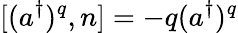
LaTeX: [(a^{\dagger})^{q},n]=-q(a^{\dagger})^{q}